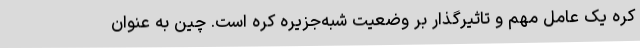
کره یک عامل مهم و تاثیرگذار بر وضعیت شبه‌جزیره کره است. چین به عنوان